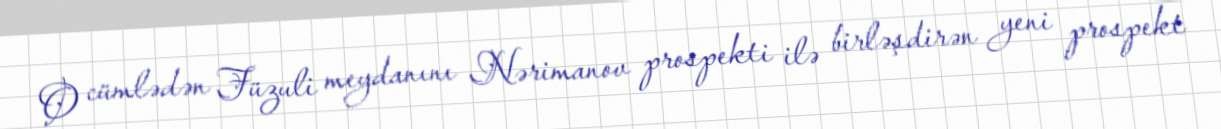
O cümlədən Füzuli meydanını Nərimanov prospekti ilə birləşdirən yeni prospekt